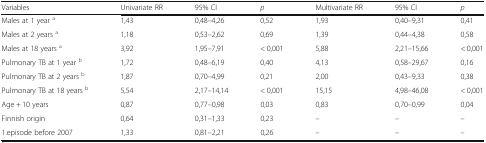
<table><thead><tr><td><b>Variables</b></td><td><b>Univariate RR</b></td><td><b>95% CI</b></td><td><b><i>p</i></b></td><td><b>Multivariate RR</b></td><td><b>95% CI</b></td><td><b><i>p</i></b></td></tr></thead><tbody><tr><td>Males at 1 year <sup>a</sup></td><td>1,43</td><td>0,48–4,26</td><td>0,52</td><td>1,93</td><td>0,40–9,31</td><td>0,41</td></tr><tr><td>Males at 2 years <sup>a</sup></td><td>1,18</td><td>0,53–2,62</td><td>0,69</td><td>1,39</td><td>0,44–4,38</td><td>0,58</td></tr><tr><td>Males at 18 years <sup>a</sup></td><td>3,92</td><td>1,95–7,91</td><td>&lt; 0,001</td><td>5,88</td><td>2,21–15,66</td><td>&lt; 0,001</td></tr><tr><td>Pulmonary TB at 1 year <sup>b</sup></td><td>1,72</td><td>0,48–6,19</td><td>0,40</td><td>4,13</td><td>0,58–29,67</td><td>0,16</td></tr><tr><td>Pulmonary TB at 2 years <sup>b</sup></td><td>1,87</td><td>0,70–4,99</td><td>0,21</td><td>2,00</td><td>0,43–9,33</td><td>0,38</td></tr><tr><td>Pulmonary TB at 18 years <sup>b</sup></td><td>5,54</td><td>2,17–14,14</td><td>&lt; 0,001</td><td>15,15</td><td>4,98–46,08</td><td>&lt; 0,001</td></tr><tr><td>Age + 10 years</td><td>0,87</td><td>0,77–0,98</td><td>0,03</td><td>0,83</td><td>0,70–0,99</td><td>0,04</td></tr><tr><td>Finnish origin</td><td>0,64</td><td>0,31–1,33</td><td>0,23</td><td>–</td><td>–</td><td>–</td></tr><tr><td>1.episode before 2007</td><td>1,33</td><td>0,81–2,21</td><td>0,26</td><td>–</td><td>–</td><td>–</td></tr></tbody></table>